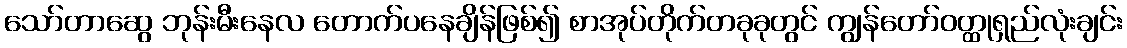
သော်တာဆွေ ဘုန်းမီးနေလ တောက်ပနေချိန်ဖြစ်၍ စာအုပ်တိုက်တခုခုတွင် ကျွန်တော်ဝတ္ထုရှည်လုံးချင်း